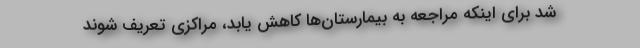
شد برای اینکه مراجعه به بیمارستان‌ها کاهش یابد، مراکزی تعریف شوند